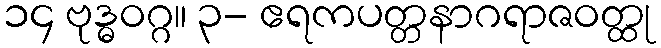
၁၄ ဗုဒ္ဓဝဂ္ဂ။ ၃- ဧရကပတ္တနာဂရာဇဝတ္ထု